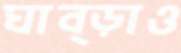
ঘাব্‌ড়াও